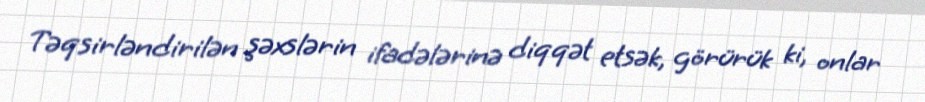
Təqsirləndirilən şəxslərin ifadələrinə diqqət etsək, görürük ki, onlar